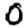
Digit: 0